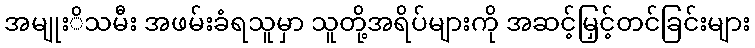
အမျုးိသမီး အဖမ်းခံရသူမှာ သူတို့အရိပ်များကို အဆင့်မြှင့်တင်ခြင်းများ